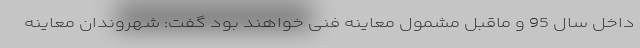
داخل سال 95 و ماقبل مشمول معاینه فنی خواهند بود گفت:‌ شهروندان معاینه